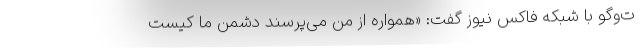
ت‌و‌گو با شبکه فاکس نیوز گفت: «همواره از من می‌پرسند دشمن ما کیست